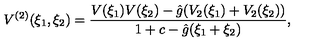
V ^ { ( 2 ) } ( \xi _ { 1 } , \xi _ { 2 } ) = \frac { V ( \xi _ { 1 } ) V ( \xi _ { 2 } ) - \hat { g } ( V _ { 2 } ( \xi _ { 1 } ) + V _ { 2 } ( \xi _ { 2 } ) ) } { 1 + c - \hat { g } ( \xi _ { 1 } + \xi _ { 2 } ) } ,